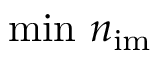
\operatorname* { m i n } \, n _ { \mathrm { i m } }